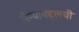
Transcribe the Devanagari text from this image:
सैन्याबद्दलची